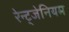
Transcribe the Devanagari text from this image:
रेन्ट्जेनियम